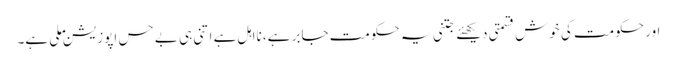
اور حکومت کی خوش قسمتی دیکھئے جتنی یہ حکومت جابر ہے، نااہل ہے اتنی ہی بے حس اپوزیشن ملی ہے۔